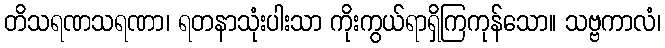
တိသရဏသရဏာ၊ ရတနာသုံးပါးသာ ကိုးကွယ်ရာရှိကြကုန်သော။ သဗ္ဗကာလံ၊